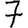
Digit: 7